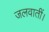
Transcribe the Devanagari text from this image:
जलवातीं।